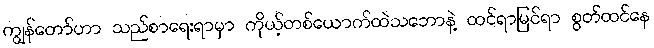
ကျွန်တော်ဟာ သည်စာရေးရာမှာ ကိုယ့်တစ်ယောက်ထဲသဘောနဲ့ ထင်ရာမြင်ရာ စွတ်ထင်နေ